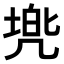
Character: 𫥢